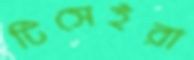
টিসেইরা